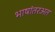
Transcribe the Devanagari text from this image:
भाषांतरअत